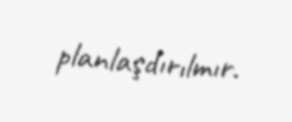
planlaşdırılmır.